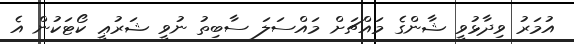
އުމަރު ވިދާޅުވީ ޝާންގެ މައްޗަށް މައްސަލަ ސާބިތު ނުވީ ޝަރުޢީ ކޯޓަކުން އެ